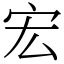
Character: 宏